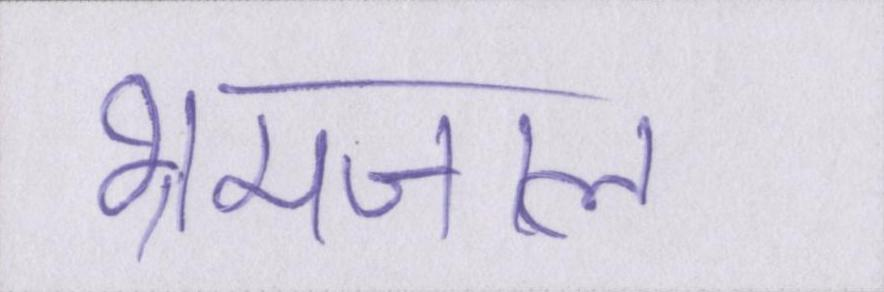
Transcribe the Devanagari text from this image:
भ्रमजाल